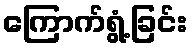
ကြောက်ရွံ့ခြင်း